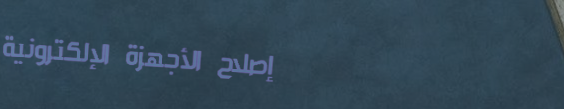
إصلاح الأجهزة الإلكترونية